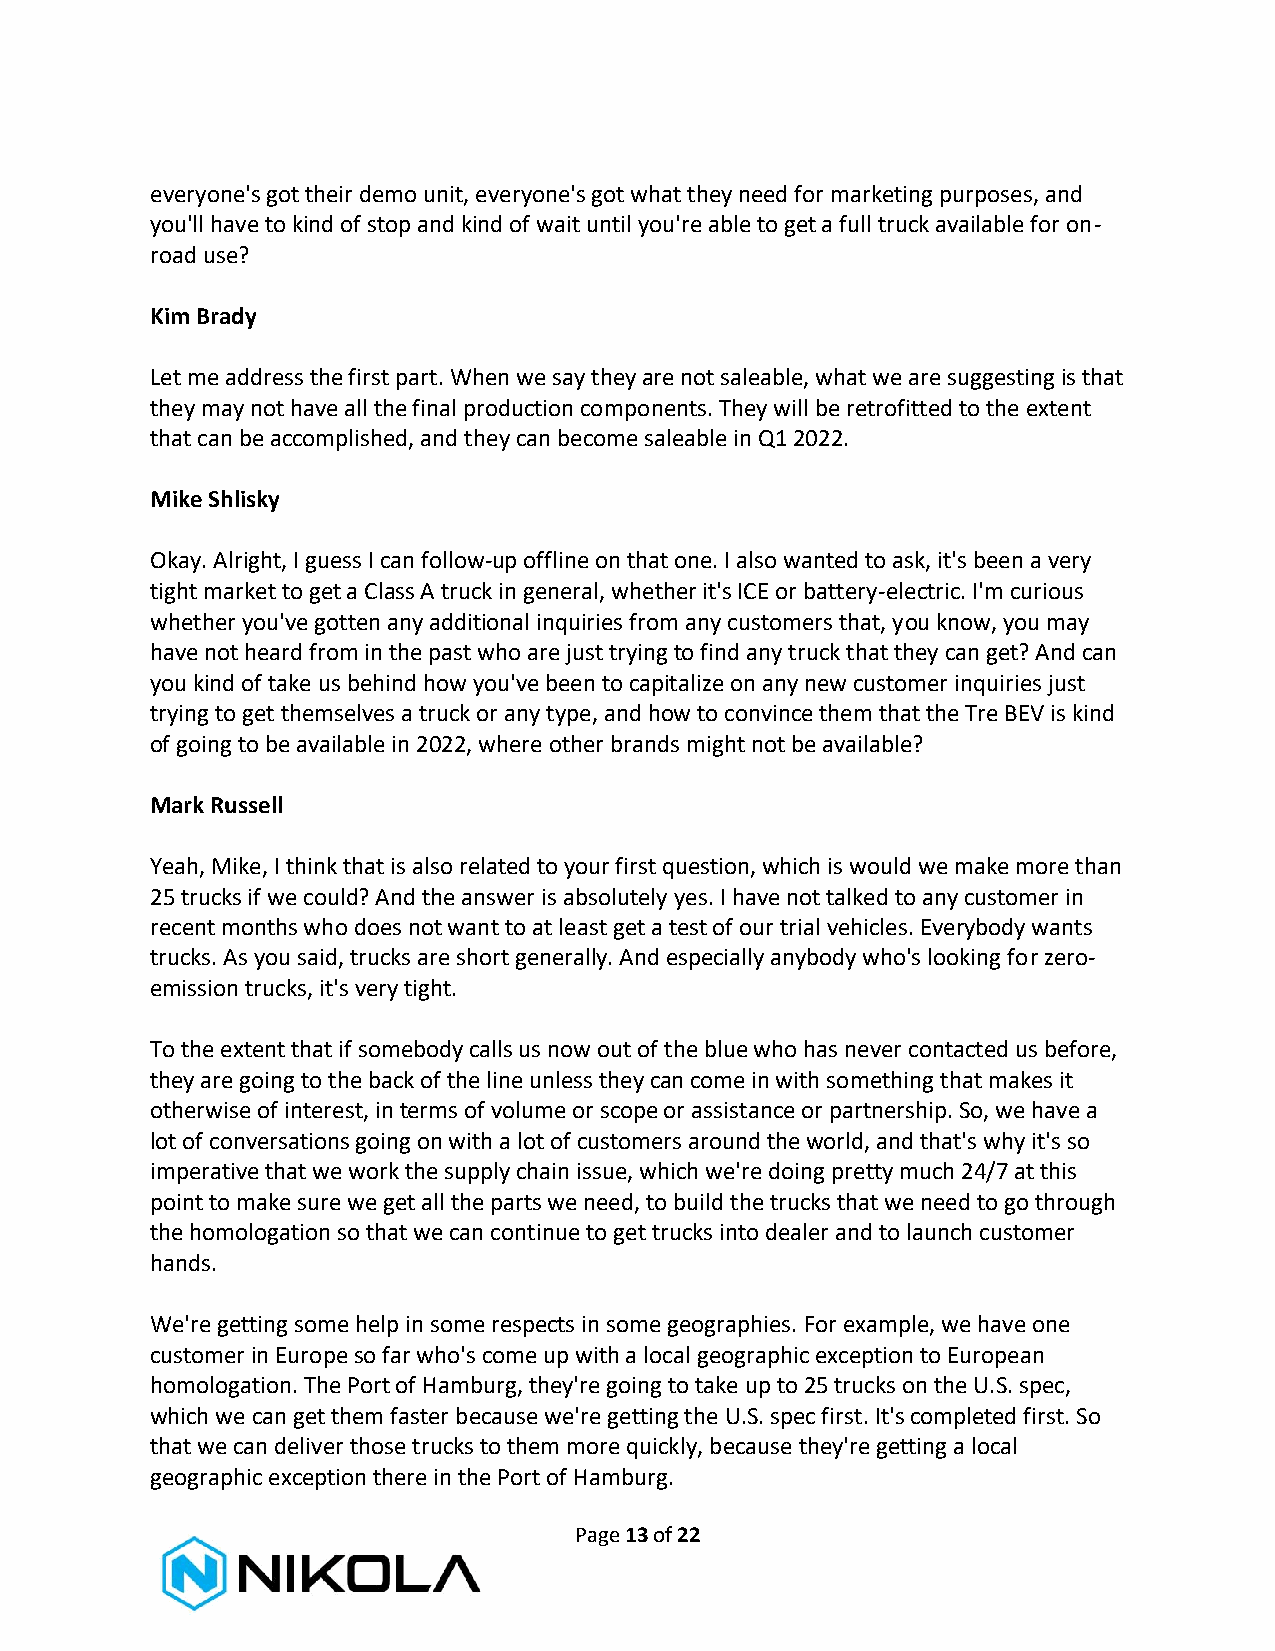
everyone's got their demo unit, everyone's got what they need for marketing purposes, and
 you'll have to kind of stop and kind of wait until you're able to get a full truck available for on-
 road use?
 Kim Brady
 Let me address the first part. When we say they are not saleable, what we are suggesting is that
 they may not have all the final production components. They will be retrofitted to the extent
 that can be accomplished, and they can become saleable in Q1 2022.
 Mike Shlisky
 Okay. Alright, I guess I can follow-up offline on that one. I also wanted to ask, it's been a very
 tight market to get a Class A truck in general, whether it's ICE or battery-electric. I'm curious
 whether you've gotten any additional inquiries from any customers that, you know, you may
 have not heard from in the past who are just trying to find any truck that they can get? And can
 you kind of take us behind how you've been to capitalize on any new customer inquiries just
 trying to get themselves a truck or any type, and how to convince them that the Tre BEV is kind
 of going to be available in 2022, where other brands might not be available?
 Mark Russell
 Yeah, Mike, I think that is also related to your first question, which is would we make more than
 25 trucks if we could? And the answer is absolutely yes. I have not talked to any customer in
 recent months who does not want to at least get a test of our trial vehicles. Everybody wants
 trucks. As you said, trucks are short generally. And especially anybody who's looking for zero-
 emission trucks, it's very tight.
 To the extent that if somebody calls us now out of the blue who has never contacted us before,
 they are going to the back of the line unless they can come in with something that makes it
 otherwise of interest, in terms of volume or scope or assistance or partnership. So, we have a
 lot of conversations going on with a lot of customers around the world, and that's why it's so
 imperative that we work the supply chain issue, which we're doing pretty much 24/7 at this
 point to make sure we get all the parts we need, to build the trucks that we need to go through
 the homologation so that we can continue to get trucks into dealer and to launch customer
 hands.
 We're getting some help in some respects in some geographies. For example, we have one
 customer in Europe so far who's come up with a local geographic exception to European
 homologation. The Port of Hamburg, they're going to take up to 25 trucks on the U.S. spec,
 which we can get them faster because we're getting the U.S. spec first. It's completed first. So
 that we can deliver those trucks to them more quickly, because they're getting a local
 geographic exception there in the Port of Hamburg.
 Page 13 of 22